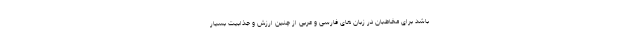
باشد برای مخاطبان در زبان های فارسی و عربی از چنین ارزش و جذابیت بسیار